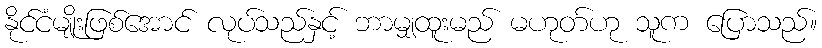
နိုင်ငံမျိုးဖြစ်အောင် လုပ်သည်နှင့် ဘာမျှထူးမည် မဟုတ်ဟု သူက ပြောသည်။